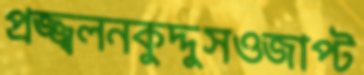
প্রজ্জ্বলনকুদ্দুসওজাপ্‌ট